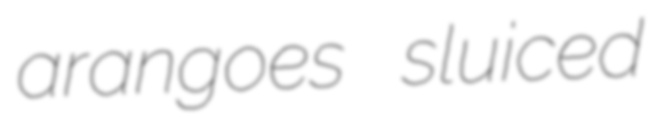
arangoes sluiced